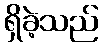
ရှိခဲ့သည်